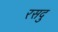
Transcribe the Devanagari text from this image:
रसदु